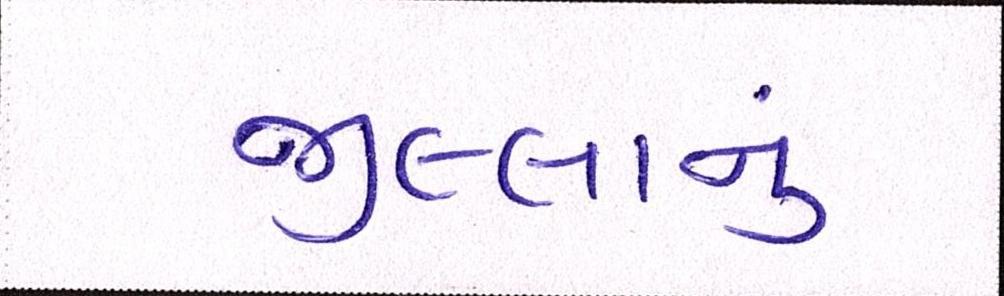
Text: જીલ્લાનું